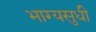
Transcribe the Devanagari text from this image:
भाग्यसुधी